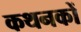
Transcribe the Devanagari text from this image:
कथनकों